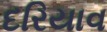
દરિયાવ